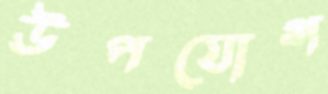
উপযোগ